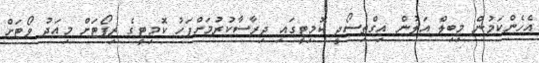
އެހެންކަމުން މިބިލް އަލުން އިގްތިސޯދީ ކޮމިޓީގައި ދިރާސާކުރުމަށްފަހު ކޮމިޓީގެ ރިޕޯޓަށް މިއަދު ވޯޓަށް